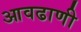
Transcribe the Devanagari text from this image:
आवढाणी